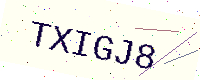
Text: TXIGJ8